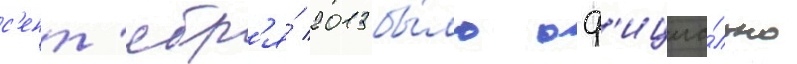
с'ент'ябр'я́ 2013 бы́ло оф'ициа́льно